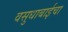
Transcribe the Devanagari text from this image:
वसुधाबाईचा